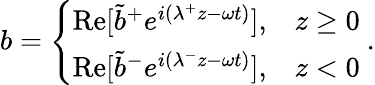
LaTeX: b=\left\{ \begin{array}{ll}{\mathrm{Re}[\tilde{b}^{+}e^{i(\lambda^{+}z-\omega t)}],}&{z\geq 0}\\ {\mathrm{Re}[\tilde{b}^{-}e^{i(\lambda^{-}z-\omega t)}],}&{z<0}\end{array}\right.~.